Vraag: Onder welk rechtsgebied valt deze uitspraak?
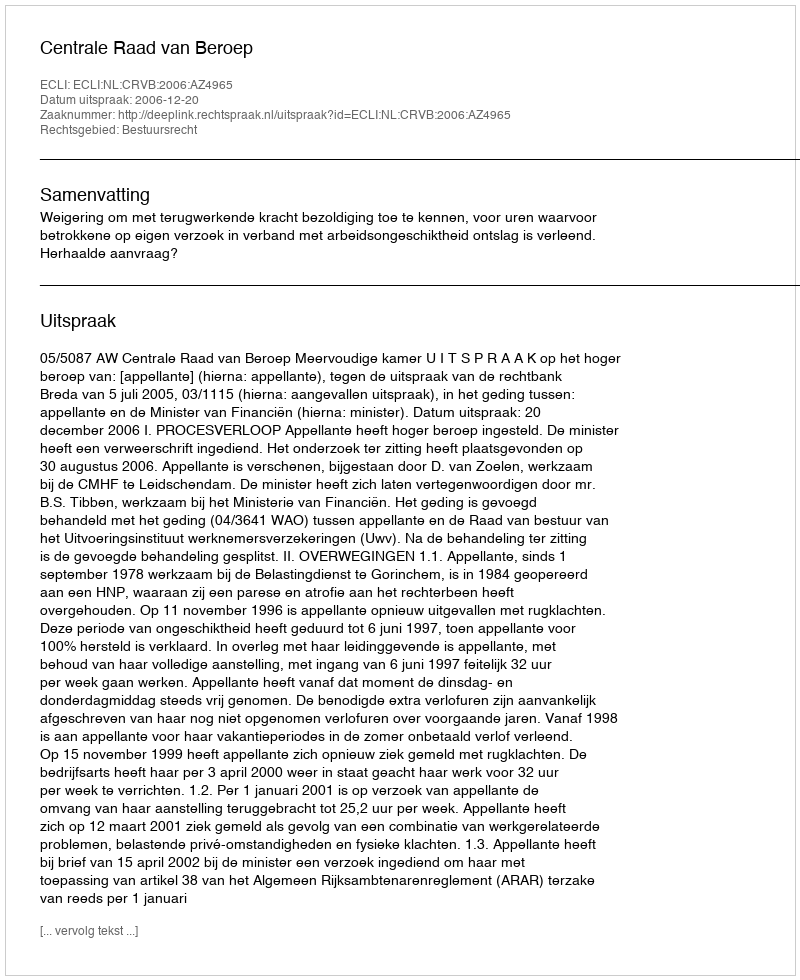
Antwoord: Bestuursrecht